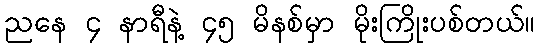
ညနေ ၄ နာရီနဲ့ ၄၅ မိနစ်မှာ မိုးကြိုးပစ်တယ်။